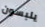
يلبسون